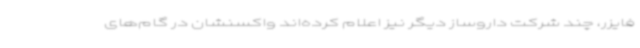
فایزر، چند شرکت داروساز دیگر نیز اعلام کرده‌اند واکسنشان در گام‌های